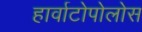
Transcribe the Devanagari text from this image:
हार्वाटोपोलोस